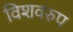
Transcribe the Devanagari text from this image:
विशवरुप